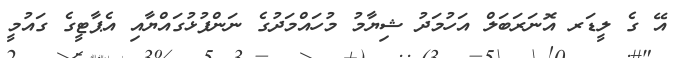
އޭ ގެ ލީޑަރ އޮނަރަބަލް އަހުމަދު ޝިޔާމު މުހައްމަދުގެ ނަންފުޅުގައްޔާއި އެޕާޓީގެ ގައުމީ